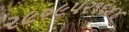
૨૯૦૯૫૨૧૬૪૪